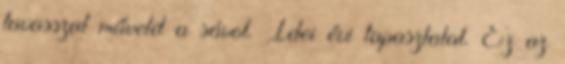
tavasszal műveld a sávot. Idei évi tapasztalat. Ez az